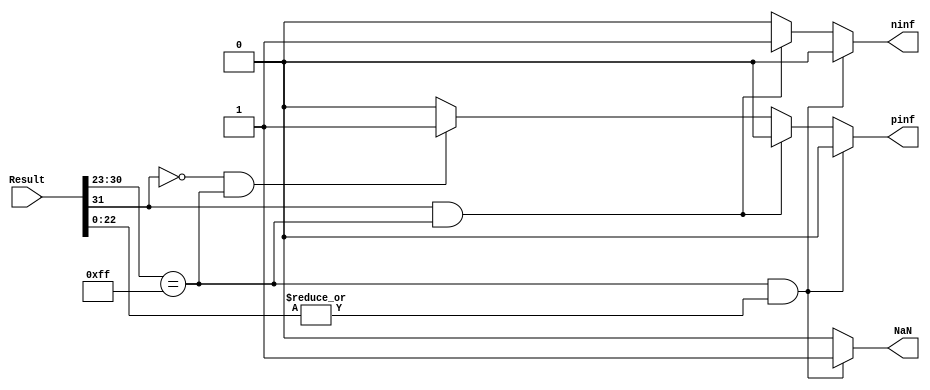
module fpu_err #(
	parameter EXP 	   = 8,
	parameter MANTISAA = 23,
	parameter FLEN     = 32 
)
(
	input  wire [FLEN-1:0] Result,
	output reg             NaN,
	output reg             pinf, // positive inf
	output reg             ninf  // negative inf
);

wire                sign;
wire [EXP-1:0] 	    exp;
wire [MANTISAA-1:0] mantissa;

assign {sign,exp,mantissa} = Result;

always @(*) begin
	NaN  = 1'b0;
	pinf = 1'b0;
	ninf = 1'b0;
	if (exp == 8'hFF && |mantissa) begin	
		NaN  = 1'b1;
	end
	else if (sign && exp == 8'hFF) begin
		ninf = 1'b1;
	end
	else if (!sign && exp == 8'hFF) begin
		pinf = 1'b1;
	end
	else begin
		NaN  = 1'b0;
		pinf = 1'b0;
		ninf = 1'b0;
	end
end

endmodule